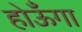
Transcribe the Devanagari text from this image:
होऊँगा